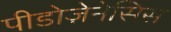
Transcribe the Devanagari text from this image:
पीडोज़ेनेसिस